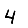
Digit: 4